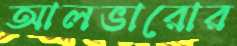
আলভারোর